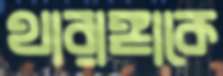
থারাঙ্গাকে